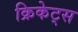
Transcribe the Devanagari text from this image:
क्रिकेट्स